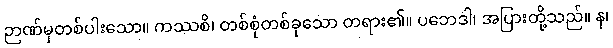
ဉာဏ်မှတစ်ပါးသော။ ကဿစိ၊ တစ်စုံတစ်ခုသော တရား၏။ ပဘေဒါ၊ အပြားတို့သည်။ န၊